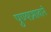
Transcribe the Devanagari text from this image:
पुण्यप्रभावाने